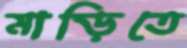
মাড়িতে